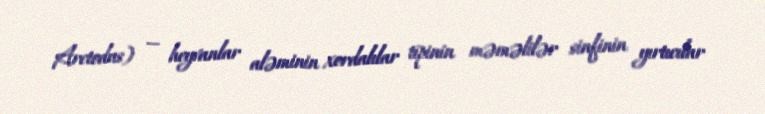
Arctodus) — heyvanlar aləminin xordalılar tipinin məməlilər sinfinin yırtıcılar